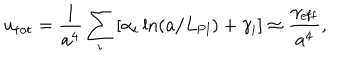
u _ { \mathrm { t o t } } = { \frac { 1 } { a ^ { 4 } } } \sum _ { i } \left[ \alpha _ { i } \ln ( a / L _ { \mathrm { P l } } ) + \gamma _ { i } \right] \approx { \frac { \gamma _ { \mathrm { e f f } } } { a ^ { 4 } } } ,